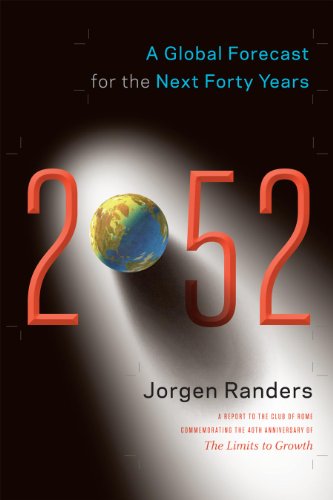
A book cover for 2052: A Global Forecast for the Next Forty Years; Jorgen Randers; Business & Money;